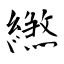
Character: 繺